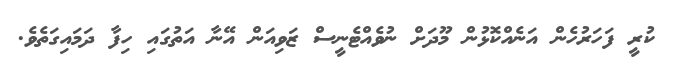
ކުރީ ފަހަރުހެން އަނެއްކޮޅުން މޫދަށް ނުވެއްޓެނީސް ޒަވިއަން އޭނާ އަތުގައި ހިފާ ދަމައިގަތެވެ.